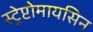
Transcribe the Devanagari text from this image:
स्ट्रेप्टोमायसिन